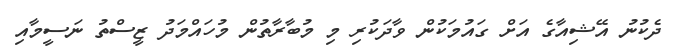
ދެކުނު އޭޝިއާގެ އަށް ގައުމަކުން ވާދަކުރި މި މުބާރާތުން މުހައްމަދު ޒީސްތު ނަސީމާއި